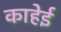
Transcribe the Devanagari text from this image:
काहेई